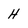
Character: H